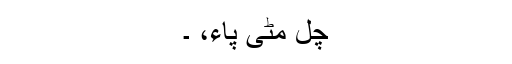
چل مٹّی پاء، ۔